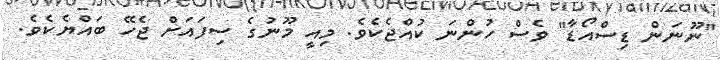
"ނޫނަން ޑިސްއޯޑާ" ވެސް ހުންނަ ކުއްޖެކެވެ. މިއީ މޫނުގެ ސިފައަށް ޖެހޭ ބައްޔެކެވެ.